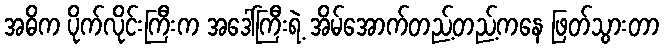
အဓိက ပိုက်လိုင်းကြီးက အဒေါ်ကြီးရဲ့ အိမ်အောက်တည့်တည့်ကနေ ဖြတ်သွားတာ